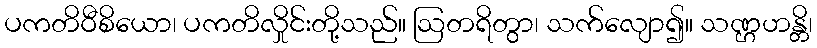
ပကတိဝီစိယော၊ ပကတိလှိုင်းတို့သည်။ ဩတရိတွာ၊ သက်လျော၍။ သဏ္ဌဟန္တိ၊